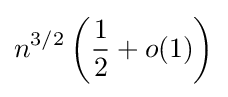
n^{3/2}\left({\frac {1}{2}}+o(1)\right)